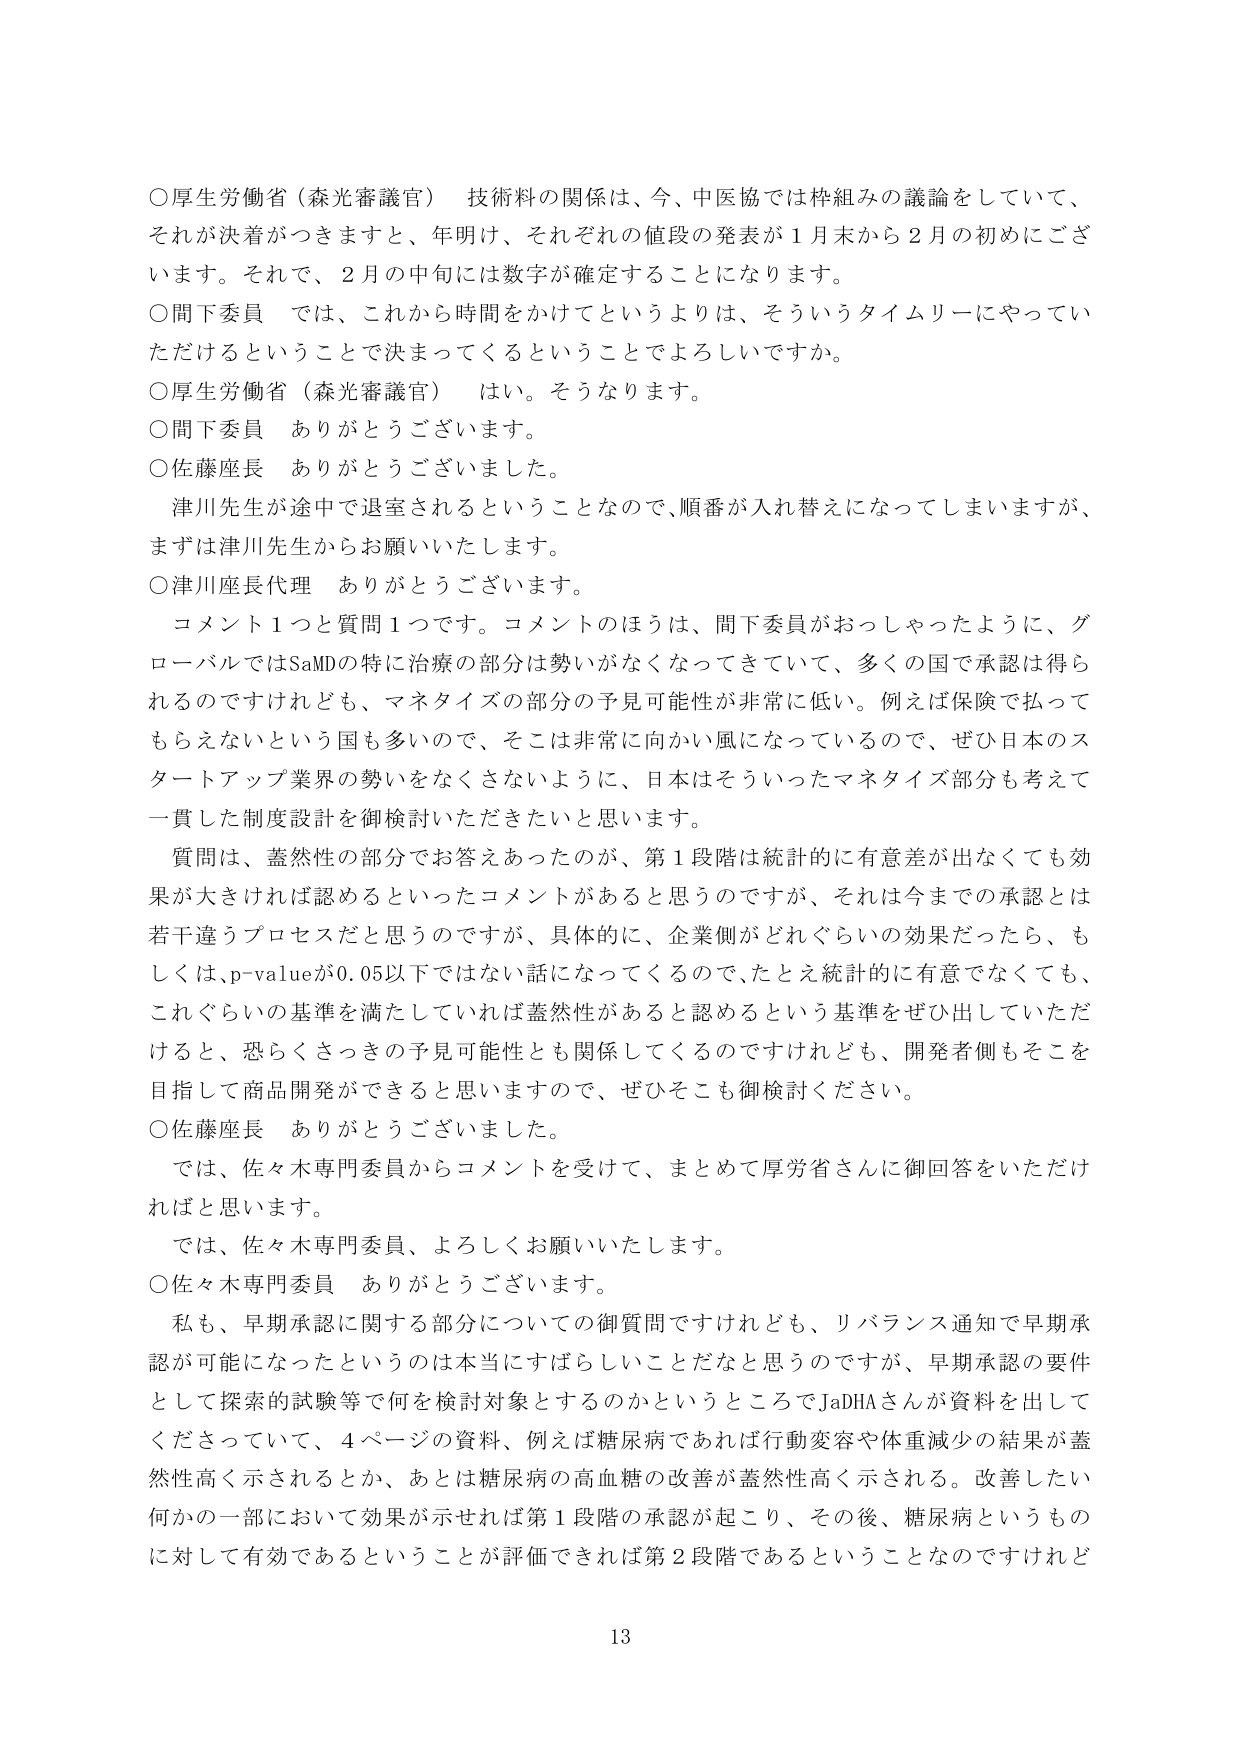
○厚生労働省（森光審議官） 技術料の関係は、今、中医協では枠組みの議論をしていて、
それが決着がつきますと、年明け、それぞれの値段の発表が１月末から２月の初めにございます。それで、２月の月中旬には数字が確定することになります。

○問下委員 では、これから時間をかけてというよりは、そういうタイムリーにやっていただけするということで決まってくるということでしょうか。

○厚生労働省（森光審議官） はい。そうなります。

○問下委員 ありがとうございます。

○佐藤座長 ありがとうございました。

　津川先生が途中で退室されるということで、順番が入れ替えになってしまいますが、まずは津川先生からお願いいたします。

○津川座長代理 ありがとうございます。

　コメント１つと質問１つです。コメントのほうは、問下委員がおっしゃったように、グローバルではSaMDの特に治療の部分は勢いがなくなってきていて、多くの国で承認は得られるのですけれども、マネタイズの部分の予見可能性が非常に低い。例えば保険で払ってもらえないという国も多いので、そこは非常に向かい風になっているので、ぜひ日本のスタートアップ業界の勢いをなくさないように、日本はそういったマネタイズ部分も考えて一貫した制度設計を御検討いただきたいと思います。

　質問は、蓋然性の部分でお答えあったのが、第１段階は統計的に有意差が出なくても効果が大きければ認めるといったコメントがあると思うのですが、それは今までの承認とは若干違うプロセスだと思うのですが、具体的に、企業側がどれぐらいの効果だったら、もしくは、p-valueが0.05以下ではない話になってくるので、たとえ統計的に有意でなくても、これぐらいの基準を満たしていれば蓋然性があると認めるという基準をぜひ出していただけると、恐らくさっきの予見可能性とも関係してくるのですけれども、開発者側もそこを目指して商品開発ができると思いますので、ぜひそこも御検討ください。

○佐藤座長 ありがとうございました。

　では、佐々木専門委員からコメントを受けて、まとめて厚労省さんに御回答をいただければと思います。

　では、佐々木専門委員、よろしくお願いいたします。

○佐々木専門委員 ありがとうございます。

　私も、早期承認に関する部分についての御質問ですけれども、リバランス通知で早期承認が可能になったというのは本当にすばらしいことだなと思うのですが、早期承認の要件として探索的試験等で何を検討対象とするのかというところでJaDHAさんが資料を出してくださっていて、４ページの資料、例えば糖尿病であれば行動変容や体重減少の結果が蓋然性高く示されるとか、あとは糖尿病の高血糖の改善が蓋然性高く示される。改善したい何かの一部において効果が示せれば第１段階の承認が起こり、その後、糖尿病というものに対して有効であるということが評価できれば第２段階であるということなのですが

13